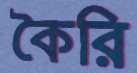
কৈরি